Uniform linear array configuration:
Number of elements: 48
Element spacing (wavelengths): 0.75
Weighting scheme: hamming
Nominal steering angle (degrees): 45
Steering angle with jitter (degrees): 45.796
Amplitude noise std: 0.05
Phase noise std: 0.05

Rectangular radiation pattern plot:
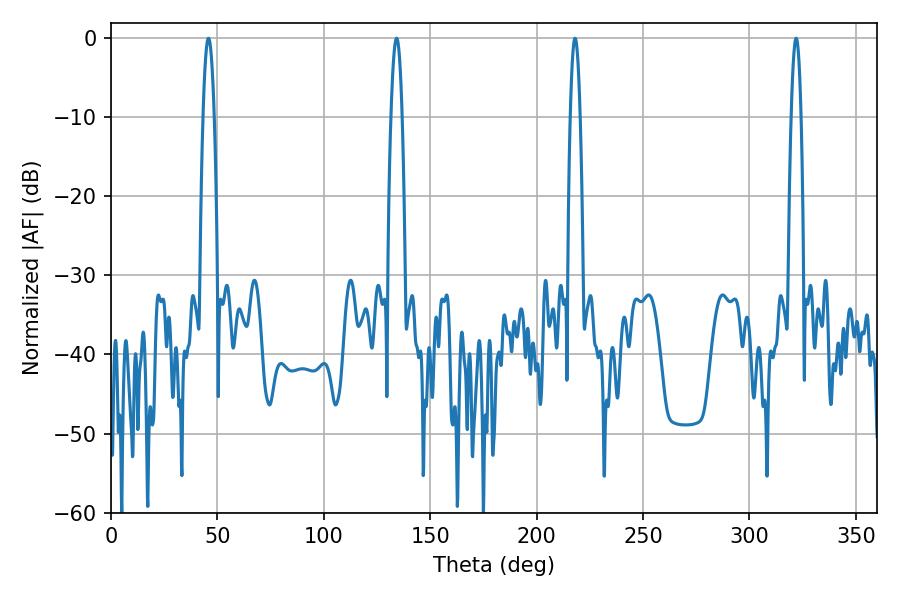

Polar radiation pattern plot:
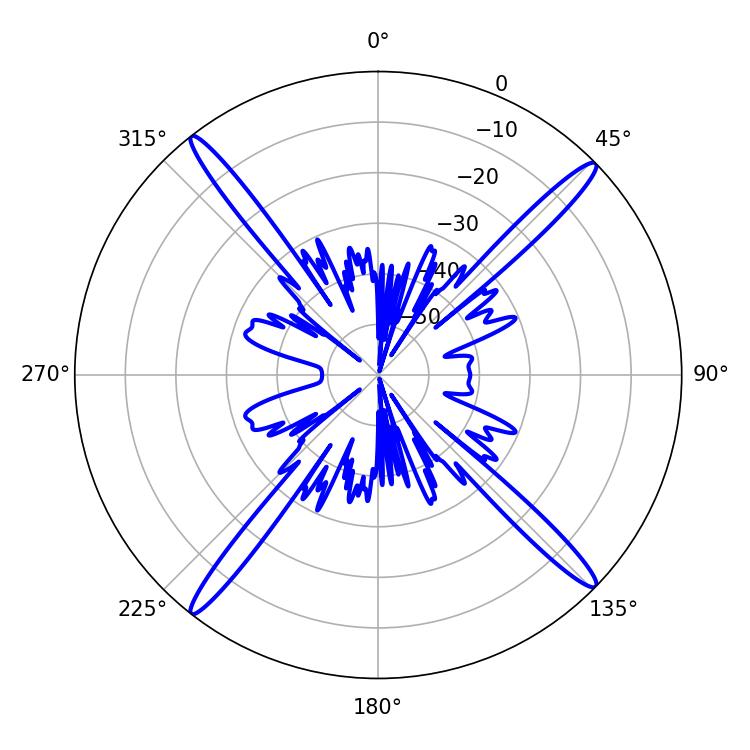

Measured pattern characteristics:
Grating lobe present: TRUE
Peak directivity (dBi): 20.256
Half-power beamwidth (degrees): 2.7
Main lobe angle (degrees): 45.72